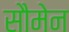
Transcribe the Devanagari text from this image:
सौमेन